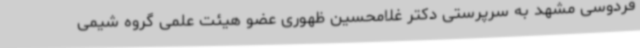
فردوسی مشهد به سرپرستی دکتر غلامحسین ظهوری عضو هیئت علمی گروه شیمی